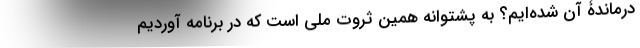
درماندۀ آن شده‌ایم؟ به پشتوانه همین ثروت ملی است که در برنامه آوردیم